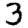
Digit: 3